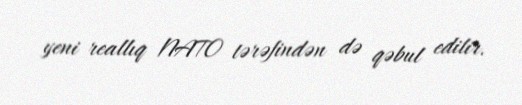
yeni reallıq NATO tərəfindən də qəbul edilir.